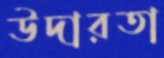
উদারতা